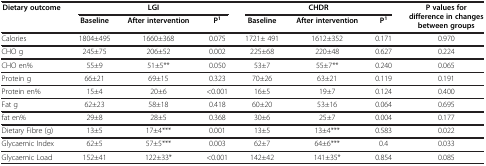
| <ROWSPAN=2> Dietary outcome | <COLSPAN=3> LGI | <COLSPAN=3> CHDR | <ROWSPAN=2> P values for difference in changes between groups |
 | Baseline | After intervention | P1 | Baseline | After intervention | P1 |
 | --- | --- | --- | --- | --- | --- | --- | --- |
 | Calories | 1804±495 | 1660±368 | 0.075 | 1721± 491 | 1612±352 | 0.171 | 0.970 |
 | CHO g | 245±75 | 206±52 | 0.002 | 225±68 | 220±48 | 0.627 | 0.224 |
 | CHO en% | 55±9 | 51±5** | 0.050 | 53±7 | 55±7** | 0.240 | 0.065 |
 | Protein g | 66±21 | 69±15 | 0.323 | 70±26 | 63±21 | 0.119 | 0.191 |
 | Protein en% | 15±4 | 20±6 | <0.001 | 16±5 | 19±7 | 0.124 | 0.400 |
 | Fat g | 62±23 | 58±18 | 0.418 | 60±20 | 53±16 | 0.064 | 0.695 |
 | fat en% | 29±8 | 28±5 | 0.368 | 30±6 | 25±7 | 0.004 | 0.177 |
 | Dietary Fibre (g) | 13±5 | 17±4*** | 0.001 | 13±5 | 13±4*** | 0.583 | 0.022 |
 | Glycaemic Index | 62±5 | 57±5*** | 0.003 | 62±7 | 64±6*** | 0.4 | 0.033 |
 | Glycaemic Load | 152±41 | 122±33* | <0.001 | 142±42 | 141±35* | 0.854 | 0.085 |